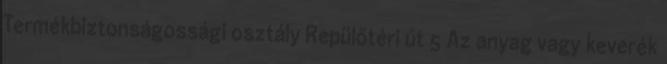
Termékbiztonságossági osztály Repülőtéri út 5 Az anyag vagy keverék